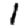
Digit: 1